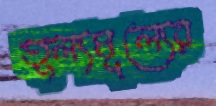
তুল্যমূল্যের